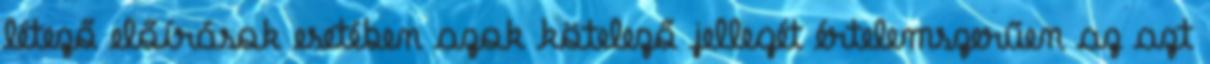
létező előírások esetében azok kötelező jellegét értelemszerűen az azt